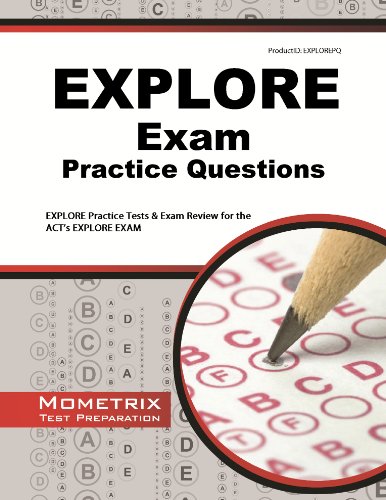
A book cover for EXPLORE Exam Practice Questions: EXPLORE Practice Tests & Review for the ACT's EXPLORE Exam; EXPLORE Exam Secrets Test Prep Team; Test Preparation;